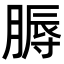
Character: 𦞹